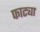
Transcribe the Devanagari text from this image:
फाट्या